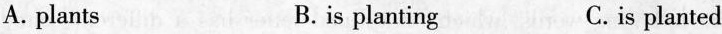
A.plants B.is planting C.is planted